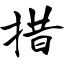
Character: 措